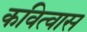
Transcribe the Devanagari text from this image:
कवित्वास